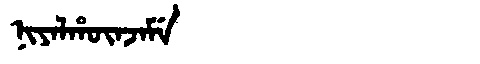
Manchu: ᠨᡳᠶᠠᠯᡥᡡᠨᠵᠠᠮᡝ
Romanization: NIYALHŪNJAME